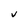
Character: v